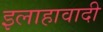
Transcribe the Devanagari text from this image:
इलाहावादी